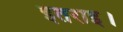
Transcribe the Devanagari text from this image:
इतराइ।